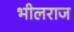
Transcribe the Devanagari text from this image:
भीलराज